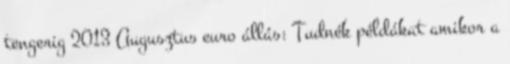
tengerig 2013 Augusztus euro állás: Tudnék példákat amikor a